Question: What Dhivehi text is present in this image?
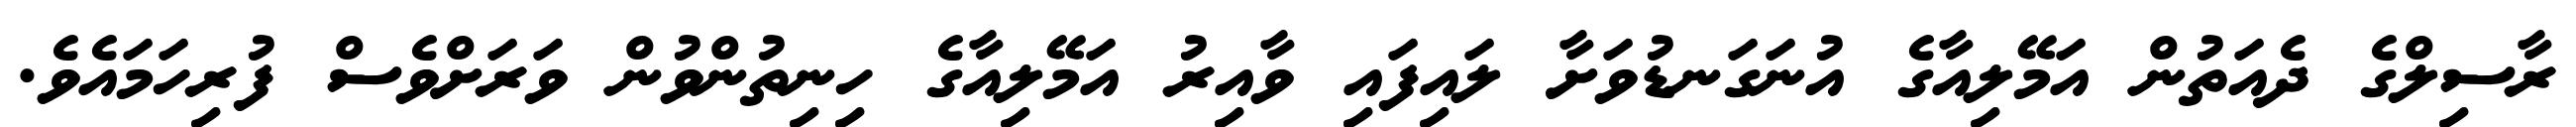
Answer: ރާސިލްގެ ދެއަތުން އަމޭލިއާގެ އުނަގަނޑުވަށާ ލައިފައި ވާއިރު އަމޭލިއާގެ ހިނިތުންވުން ވަރަށްވެސް ފުރިހަމައެވެ.